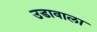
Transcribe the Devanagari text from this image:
उडावाला